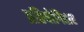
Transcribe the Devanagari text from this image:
प्रतियोगिताए